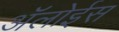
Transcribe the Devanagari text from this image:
ॲलोईस